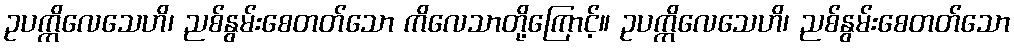
ဥပက္ကိလေသေဟိ၊ ညစ်နွမ်းစေတတ်သော ကိလေသာတို့ကြောင့်။ ဥပက္ကိလေသေဟိ၊ ညစ်နွမ်းစေတတ်သော